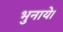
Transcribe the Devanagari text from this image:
भुनाये।